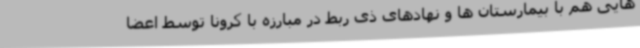
هایی هم با بیمارستان ها و نهادهای ذی ربط در مبارزه با کرونا توسط اعضا